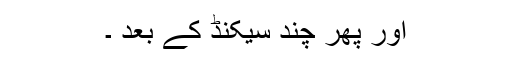
اور پھر چند سیکنڈ کے بعد ۔